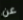
عن